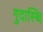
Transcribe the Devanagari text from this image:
गुदास्थि